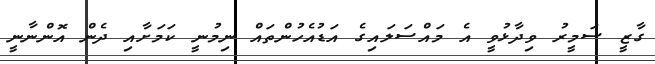
ގާޒީ ސަމީރު ވިދާޅުވީ އެ މައްސަލައިގެ އަޑުއެހުންތައް ނިމުނީ ކަމަށާއި ދެން އޮންނާނީ